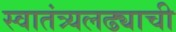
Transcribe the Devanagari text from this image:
स्वातंत्र्यलढ्याची